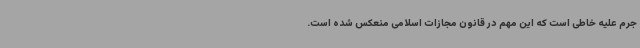
جرم علیه خاطی است که این مهم در قانون مجازات اسلامی منعکس شده است.